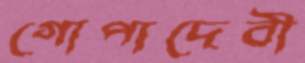
গোপাদেবী